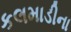
કલમાડીના